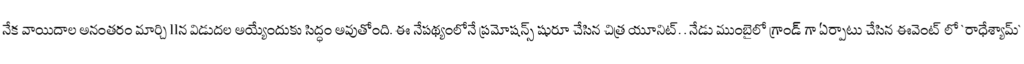
నేక వాయిదాల అనంతరం మార్చి 11న విడుదల అయ్యేందుకు సిద్ధం అవుతోంది. ఈ నేపథ్యంలోనే ప్రమోషన్స్ షురూ చేసిన చిత్ర యూనిట్. . నేడు ముంబైలో గ్రాండ్ గా ఏర్పాటు చేసిన ఈవెంట్ లో `రాధేశ్యామ్`